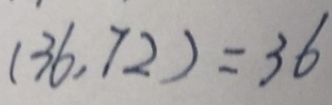
( 3 6 , 7 2 ) = 3 6